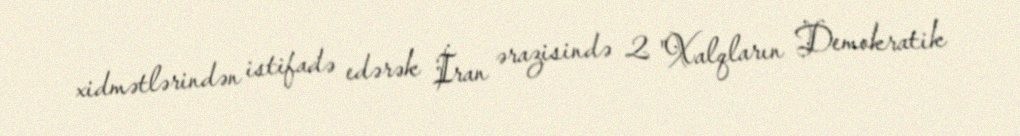
xidmətlərindən istifadə edərək İran ərazisində 2 "Xalqların Demokratik